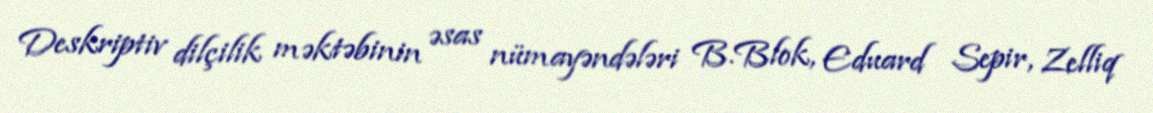
Deskriptiv dilçilik məktəbinin əsas nümayəndələri B.Blok, Eduard Sepir, Zelliq